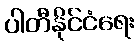
ပါတီနိုင်ငံရေး